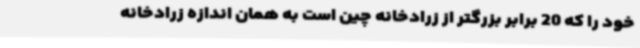
خود را که 20 برابر بزرگتر از زرادخانه چین است به همان اندازه زرادخانه